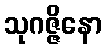
သုဂဇ္ဇိနော